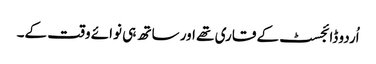
اُردو ڈائجسٹ کے قاری تھے اور ساتھ ہی نوائے وقت کے۔